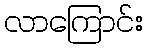
လာကြောင်း